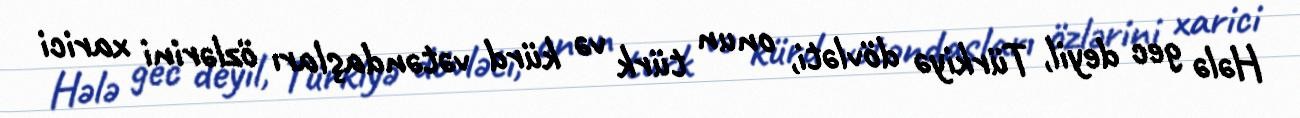
Hələ gec deyil, Türkiyə dövləti, onun türk və kürd vətəndaşları özlərini xarici